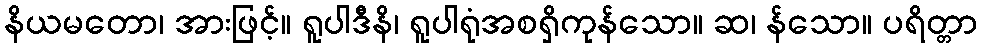
နိယမတော၊ အားဖြင့်။ ရူပါဒီနိ၊ ရူပါရုံအစရှိကုန်သော။ ဆ၊ န်သော။ ပရိတ္တာ